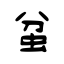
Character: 蚠